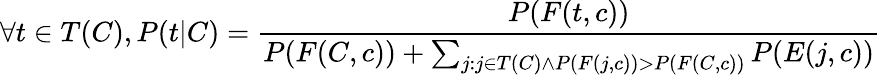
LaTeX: \forall t\in T(C),P(t|C)={\frac{P(F(t,c))}{P(F(C,c))+\sum_{j:j\in T(C)\land P(F(j,c))>P(F(C,c))}P(E(j,c))}}